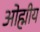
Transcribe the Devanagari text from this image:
ओह्मीय